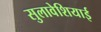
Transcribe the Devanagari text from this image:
सुलावेशियाई